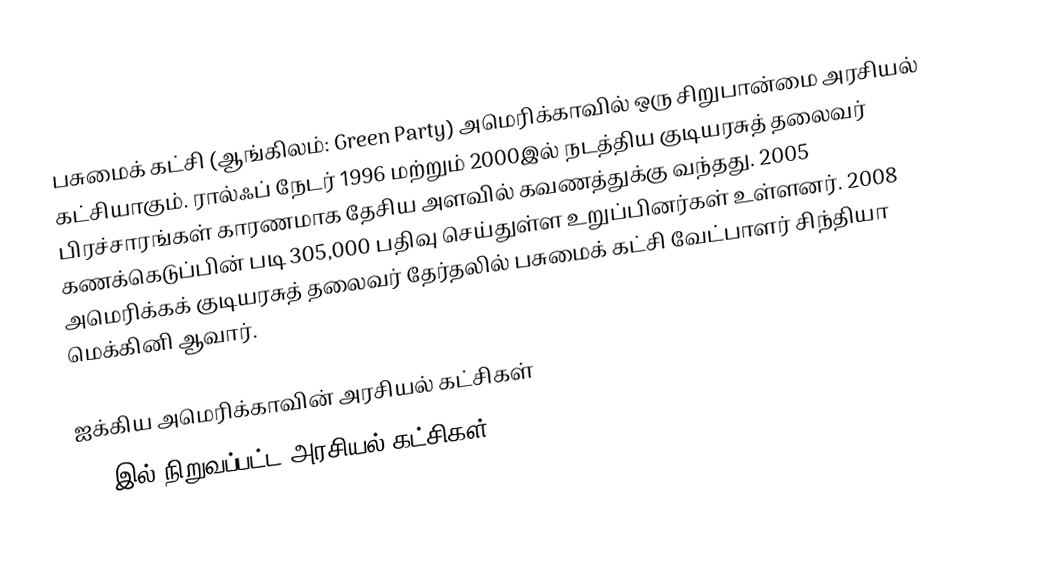
பசுமைக் கட்சி (ஆங்கிலம்: Green Party) அமெரிக்காவில் ஒரு சிறுபான்மை அரசியல் கட்சியாகும். ரால்ஃப் நேடர் 1996 மற்றும் 2000இல் நடத்திய குடியரசுத் தலைவர் பிரச்சாரங்கள் காரணமாக தேசிய அளவில் கவணத்துக்கு வந்தது. 2005 கணக்கெடுப்பின் படி 305,000 பதிவு செய்துள்ள உறுப்பினர்கள் உள்ளனர். 2008 அமெரிக்கக் குடியரசுத் தலைவர் தேர்தலில் பசுமைக் கட்சி வேட்பாளர் சிந்தியா மெக்கினி ஆவார்.

ஐக்கிய அமெரிக்காவின் அரசியல் கட்சிகள்
2001இல் நிறுவப்பட்ட அரசியல் கட்சிகள்